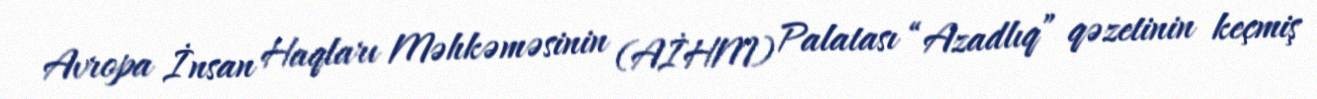
Avropa İnsan Haqları Məhkəməsinin (AİHM) Palatası “Azadlıq” qəzetinin keçmiş